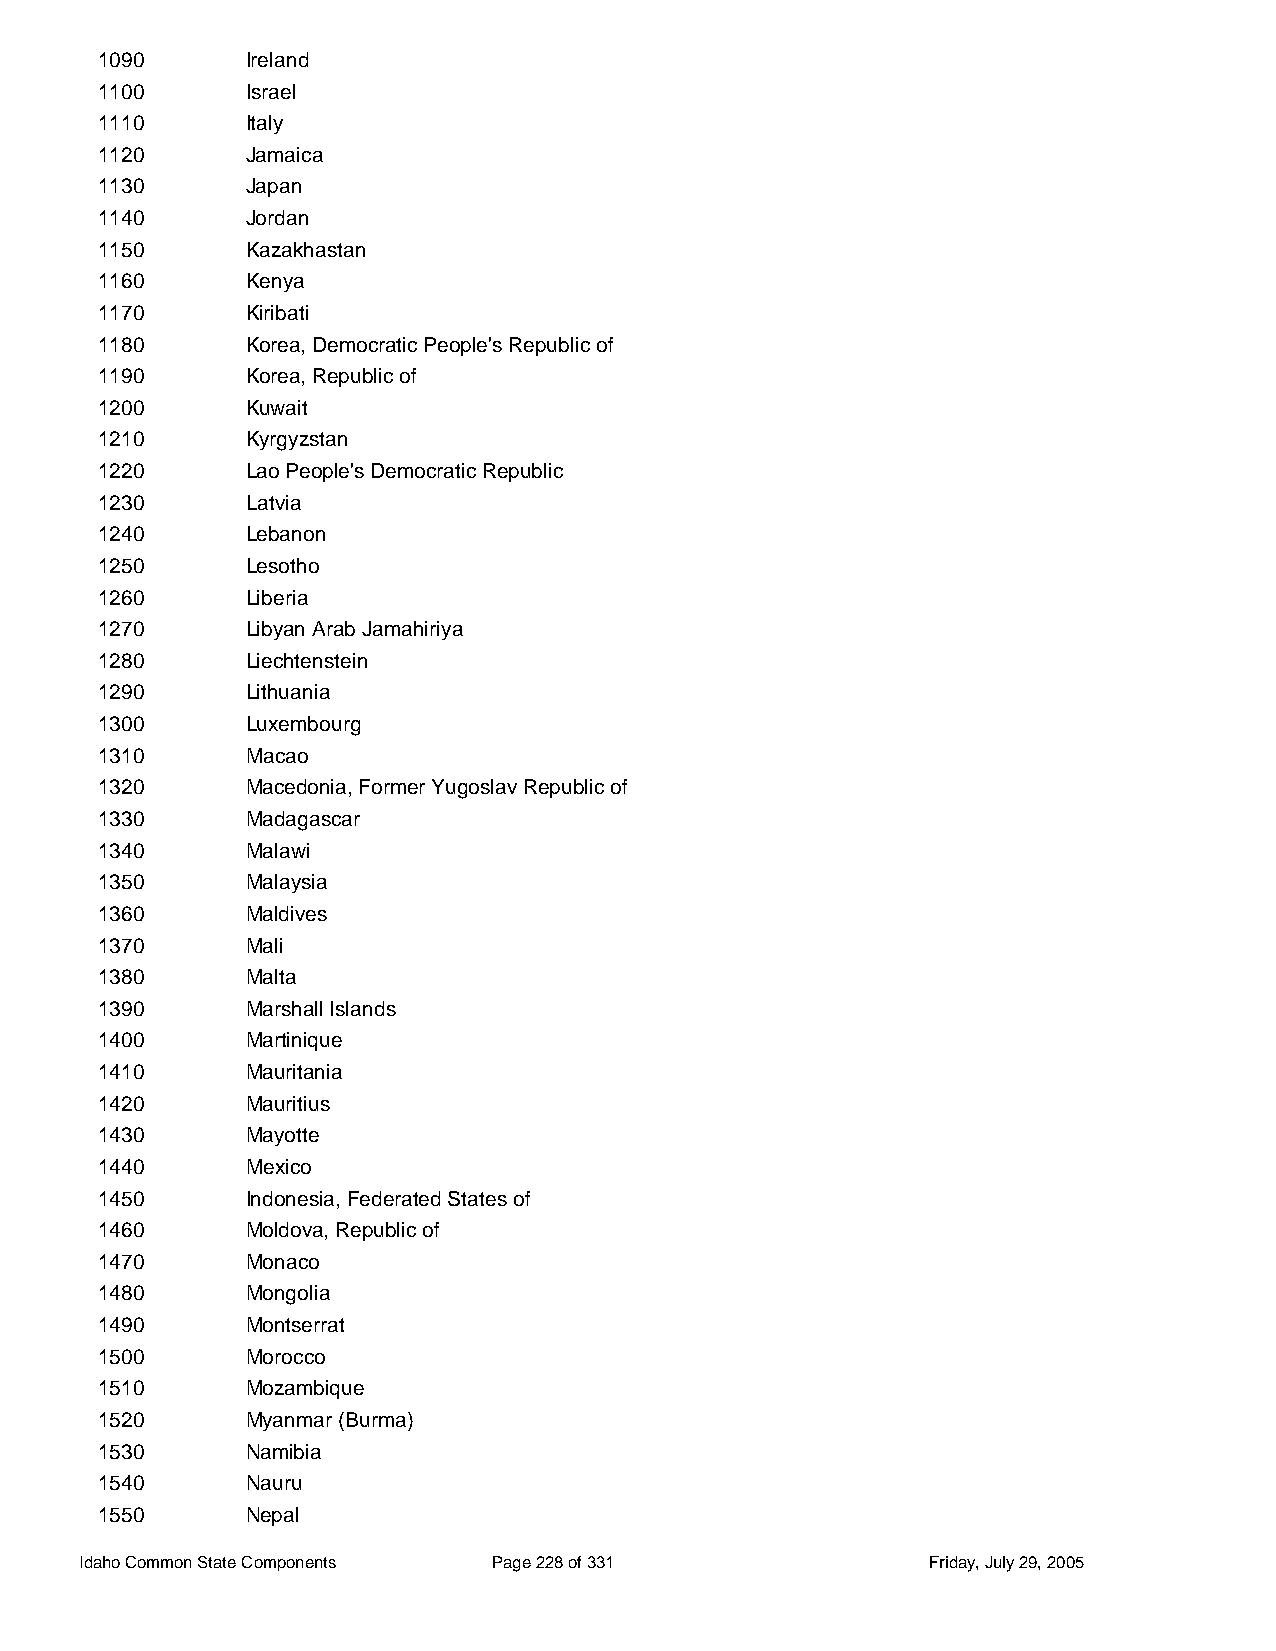
1090      Ireland
 1100      Israel
 1110      Italy
 1120      Jamaica
 1130      Japan
 1140      Jordan
 1150      Kazakhastan
 1160      Kenya
 1170      Kiribati
 1180      Korea, Democratic People's Republic of
 1190      Korea, Republic of
 1200      Kuwait
 1210      Kyrgyzstan
 1220      Lao People's Democratic Republic
 1230      Latvia
 1240      Lebanon
 1250      Lesotho
 1260      Liberia
 1270      Libyan Arab Jamahiriya
 1280      Liechtenstein
 1290      Lithuania
 1300      Luxembourg
 1310      Macao
 1320      Macedonia, Former Yugoslav Republic of
 1330      Madagascar
 1340      Malawi
 1350      Malaysia
 1360      Maldives
 1370      Mali
 1380      Malta
 1390      Marshall Islands
 1400      Martinique
 1410      Mauritania
 1420      Mauritius
 1430      Mayotte
 1440      Mexico
 1450      Indonesia, Federated States of
 1460      Moldova, Republic of
 1470      Monaco
 1480      Mongolia
 1490      Montserrat
 1500      Morocco
 1510      Mozambique
 1520      Myanmar (Burma)
 1530      Namibia
 1540      Nauru
 1550      Nepal
 Idaho Common State Components Page 228 of 331           Friday, July 29, 2005